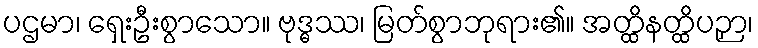
ပဌမာ၊ ရှေးဦးစွာသော။ ဗုဒ္ဓဿ၊ မြတ်စွာဘုရား၏။ အတ္ထိနတ္ထိပဉှာ၊